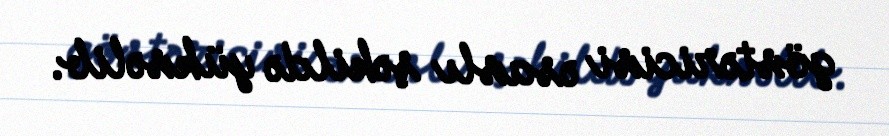
göstəricisi əsaslı şəkildə yüksəlib.